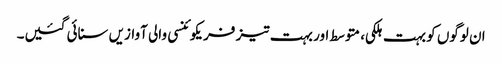
ان لوگوں کو بہت ہلکی، متوسط اور بہت تیز فریکوئنسی والی آوازیں سنائی گئیں۔